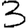
Digit: 3